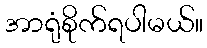
အာရုံစိုက်ရပါမယ်။